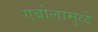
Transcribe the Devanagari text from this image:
एबोलामुळे